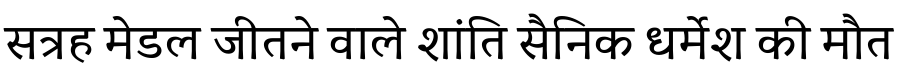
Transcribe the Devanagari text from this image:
सत्रह मेडल जीतने वाले शांति सैनिक धर्मेश की मौत